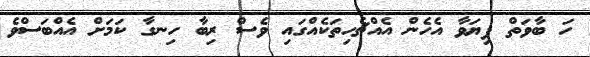
ހަ ބާވަތް ފިޔަވާ އެހެން އެއްޗެހިތަކެއްގައި ވެސް ރިބާ ހިނގާ ކަމަށް އެއްބަސްވެ